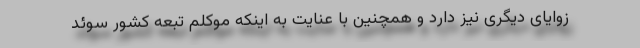
زوایای دیگری نیز دارد و همچنین با عنایت به اینکه موکلم تبعه کشور سوئد